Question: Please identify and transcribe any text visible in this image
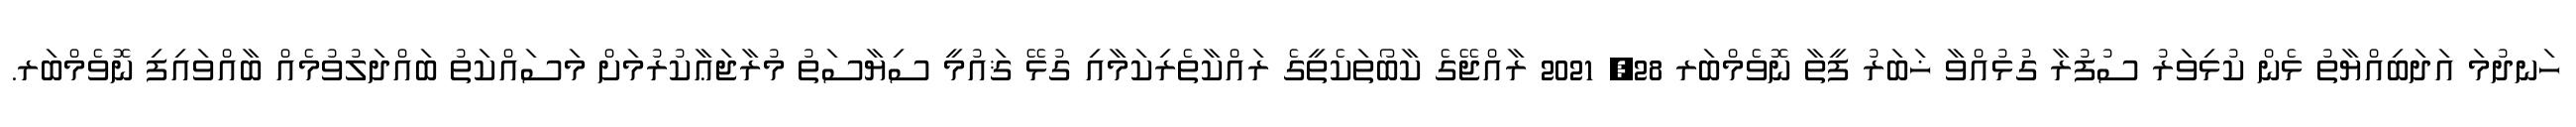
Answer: ހަނދުމަ އަދަބިއްޔާތު ޅެން ކުޅިވަރު ސުފުރާ ގުޅުއްވާ ޚަބަރު ފީތާ ނޮވެމްބަރ 28, 2021 ރާއްޖޭގެ ކާބޯތަކެތީގެ ރައްކާތެރިކަމާއި ގުޅޭ ޤައުމީ ސިޔާސަތު މުރާޖަޢާކުރުމަށް މަސައްކަތު ބައްދަލުވުމެއް ބާއްވައިފި ނޮވެމްބަރ.